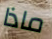
ماذا